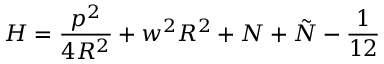
H = \frac { p ^ { 2 } } { 4 R ^ { 2 } } + w ^ { 2 } R ^ { 2 } + N + \tilde { N } - \frac { 1 } { 1 2 }